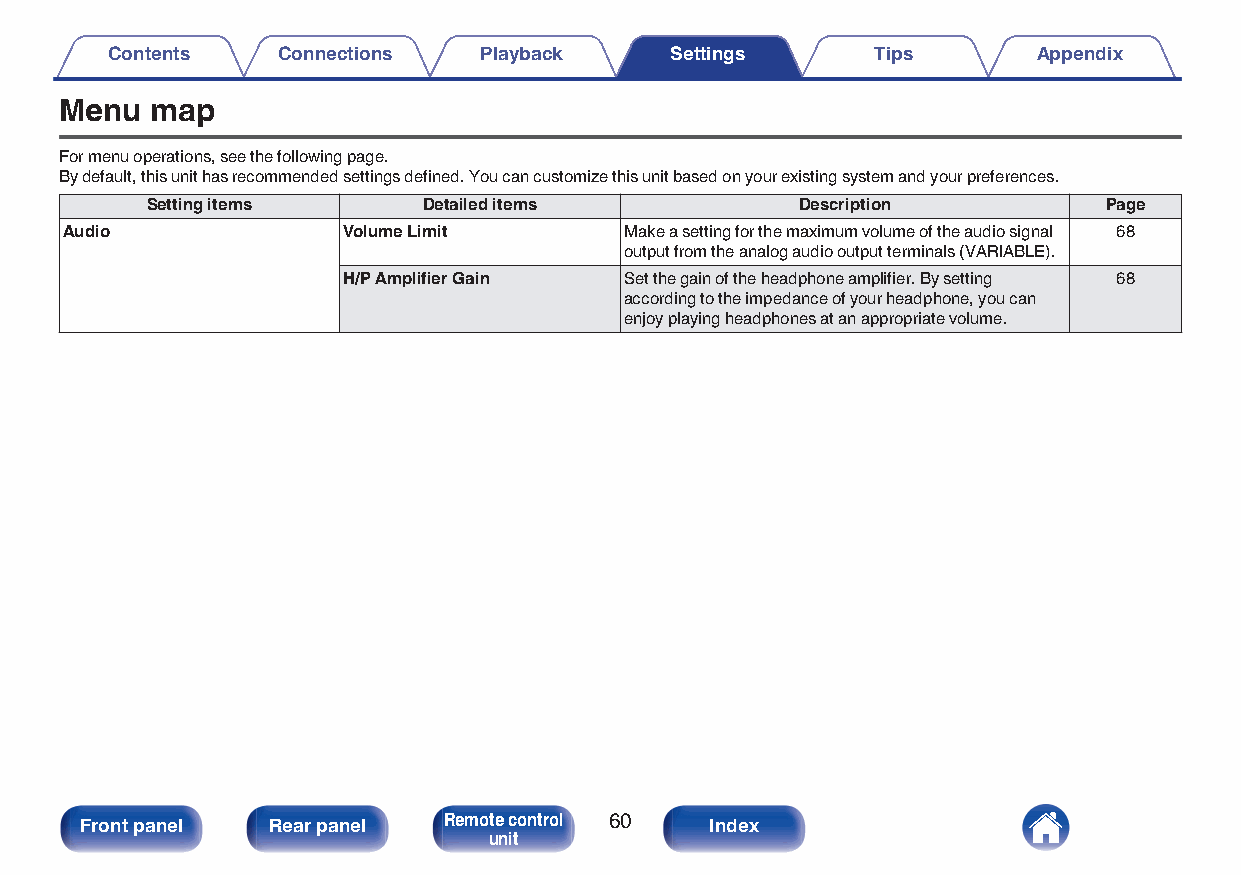
Contents   Connections   Playback    Settings      Tips       Appendix
 Menu  map
 For menu operations, see the following page.
 By default, this unit has recommended settings defined. You can customize this unit based on your existing system and your preferences.
 Setting items     Detailed items           Description         Page
 Audio              Volume Limit      Make a setting for the maximum volume of the audio signal 68
 output from the analog audio output terminals (VARIABLE).
 H/P Amplifier Gain Set the gain of the headphone amplifier. By setting 68
 according to the impedance of your headphone, you can
 enjoy playing headphones at an appropriate volume.
 Front panel  Rear panel Remote control 60 Index
 unit